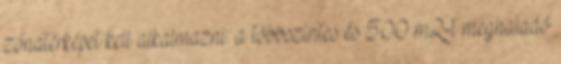
zónatérképet kell alkalmazni: a többszintes és 500 m2-t meghaladó